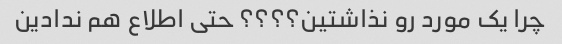
چرا یک مورد رو نذاشتین؟؟؟؟ حتی اطلاع هم ندادین